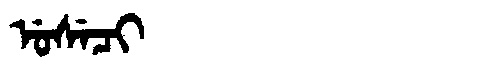
Manchu: ᡠᠰᡝᠴᡳ
Romanization: USECI